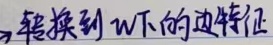
转换到 \(W\) 下的边特征